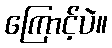
ကြောင့်ပဲ။